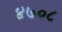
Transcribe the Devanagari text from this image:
४७०८